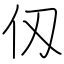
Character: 仭